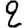
Digit: 2